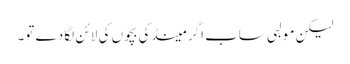
لیکن مولبی ساب اگر مینڈکی بچوں کی لائن لگا دے تو۔